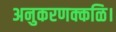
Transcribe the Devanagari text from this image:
अनुकरणक्कळि।